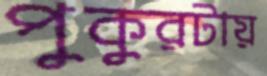
পুকুরটায়